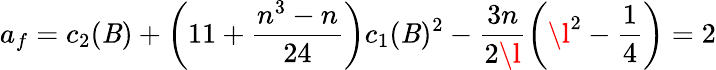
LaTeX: a_{f}=c_{2}(\mathit{B})+\left(11+\frac{{n^{3}-n}}{{24}}\right)c_{1}(\mathit{B})^{2}-\frac{{3n}}{{2\l}}\left(\l^{2}-\frac{{1}}{{4}}\right)=2